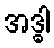
အဒ္ဓါ